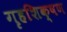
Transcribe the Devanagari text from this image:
गृहशिक्षण